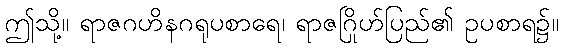
ဤသို့။ ရာဇဂဟိနဂရုပစာရေ၊ ရာဇဂြိုဟ်ပြည်၏ ဥပစာရ၌။